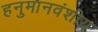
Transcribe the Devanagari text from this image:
हनुमानवंशीय